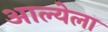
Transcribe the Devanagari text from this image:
आल्येला